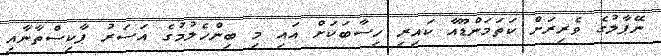
ނޭޕާލުގެ ވެރިރަށް ކަތަމަންޑޫއާ ކައިރި ހިސާބަކަށް އައި މި ބިންހެލުމުގެ އަސަރު ޕާކިސްތާނާއި